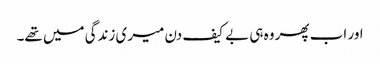
اور اب پھر وہ ہی بے کیف دن میری زندگی میں تھے۔